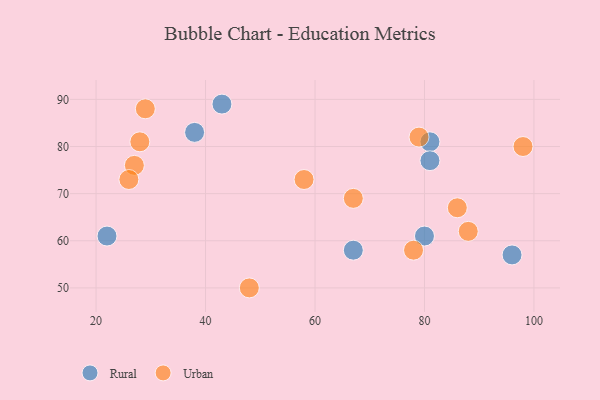
{"axis": {"x": "GDP", "y": "Life Expectancy"}, "legend": ["Rural", "Urban"], "data": [{"x": "96", "y": 57, "type": "Rural"}, {"x": "81", "y": 81, "type": "Rural"}, {"x": "43", "y": 89, "type": "Rural"}, {"x": "81", "y": 77, "type": "Rural"}, {"x": "80", "y": 61, "type": "Rural"}, {"x": "67", "y": 58, "type": "Rural"}, {"x": "22", "y": 61, "type": "Rural"}, {"x": "38", "y": 83, "type": "Rural"}, {"x": "88", "y": 62, "type": "Urban"}, {"x": "48", "y": 50, "type": "Urban"}, {"x": "28", "y": 81, "type": "Urban"}, {"x": "86", "y": 67, "type": "Urban"}, {"x": "27", "y": 76, "type": "Urban"}, {"x": "79", "y": 82, "type": "Urban"}, {"x": "98", "y": 80, "type": "Urban"}, {"x": "67", "y": 69, "type": "Urban"}, {"x": "26", "y": 73, "type": "Urban"}, {"x": "78", "y": 58, "type": "Urban"}, {"x": "29", "y": 88, "type": "Urban"}, {"x": "58", "y": 73, "type": "Urban"}]}